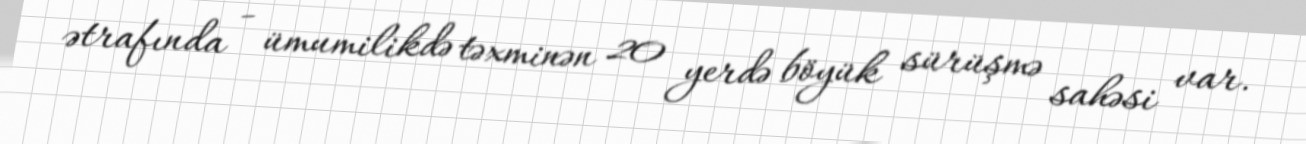
ətrafında - ümumilikdə təxminən 20 yerdə böyük sürüşmə sahəsi var.